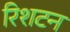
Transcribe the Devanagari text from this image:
रिशटन